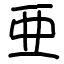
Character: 亜